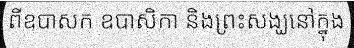
ពីឧបាសក ឧបាសិកា និងព្រះសង្ឃនៅក្នុង